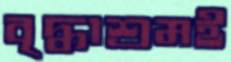
বৃদ্ধাশ্রমই